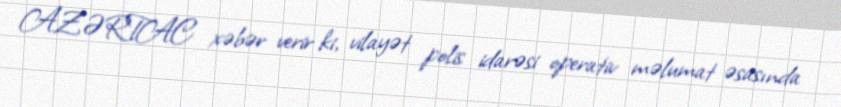
AZƏRTAC xəbər verir ki, vilayət polis idarəsi operativ məlumat əsasında